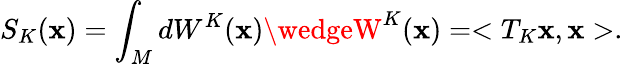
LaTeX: S_{K}(\mathbf{x})=\int_{M}dW^{K}(\mathbf{x})\wedgeW^{K}(\mathbf{x})=<T_{K}\mathbf{x},\mathbf{x}>.